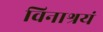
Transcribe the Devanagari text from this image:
विनाश्रयं